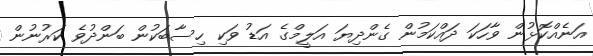
އަނެއްކޮޅުން ވާހަކަ ދައްކަމުން ގެންދިޔަ އަލީމްގެ އަޑު ވަކި ހިސާބަކުން ބަންދުވެ ކަރުނުން